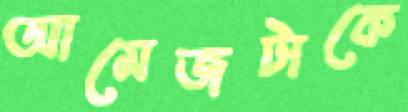
আমেজটাকে